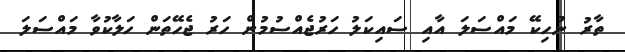
ތާރު ނުހިކޭ މައްސަލަ އާއި ސައިކަލު ހަރުޖެއްސުމުން ހަރު ޖެހޭތަން ހަލާކުވާ މައްސަލަ